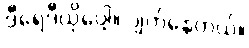
ဒီရေဒီယိုပေါ့။ ပျက်နေတယ်။